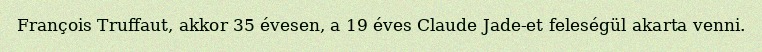
François Truffaut, akkor 35 évesen, a 19 éves Claude Jade-et feleségül akarta venni.